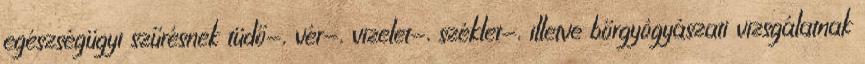
egészségügyi szűrésnek tüdő-, vér-, vizelet-, széklet-, illetve bőrgyógyászati vizsgálatnak